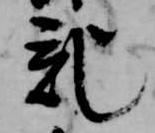
記